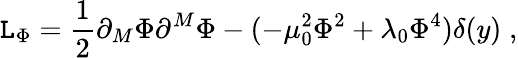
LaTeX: {\cal\mathtt{L}}_{\Phi}=\frac{{1}}{{2}}\partial_{M}\Phi\partial^{M}\Phi-(-\mu_{0}^{2}\Phi^{2}+\lambda_{0}\Phi^{4})\delta(y)\; ,